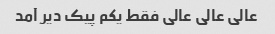
عالی عالی عالی فقط یکم پیک دیر آمد